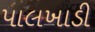
પાલખાડી